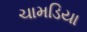
ચામડિયા